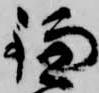
鎌